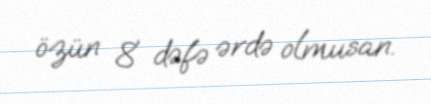
özün 8 dəfə ərdə olmusan.